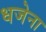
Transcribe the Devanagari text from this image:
धजेना